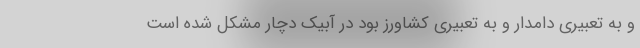
و به تعبیری دامدار و به تعبیری کشاورز بود در آبیک دچار مشکل شده است